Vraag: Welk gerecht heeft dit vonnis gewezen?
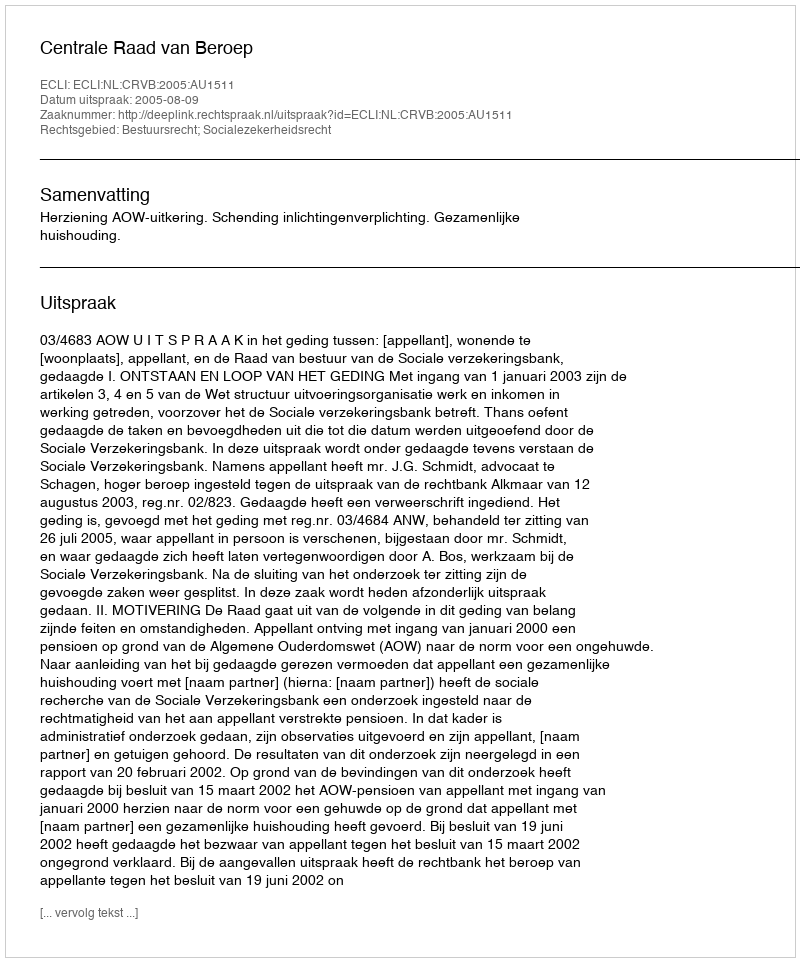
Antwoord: Centrale Raad van Beroep